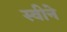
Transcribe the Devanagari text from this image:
स्वीने